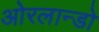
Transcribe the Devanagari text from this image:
ओरलान्डो